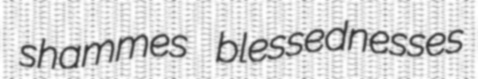
shammes blessednesses